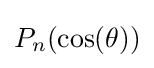
P_{n}(\cos(\theta ))